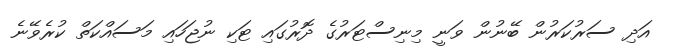
އަދި ސަރުކަރުން ބޭނުން ވަނީ މިނިސްޓަރުގެ ދޮރުގައި ޓަކި ނުޖަހައި މަސައްކަތް ކުރެވޭނެ